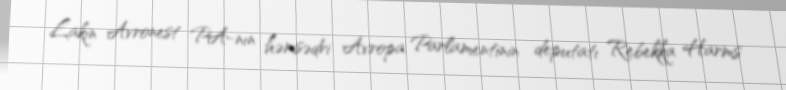
Lakin Avronest PA-nın həmsədri Avropa Parlamentinin deputatı Rebekka Harms